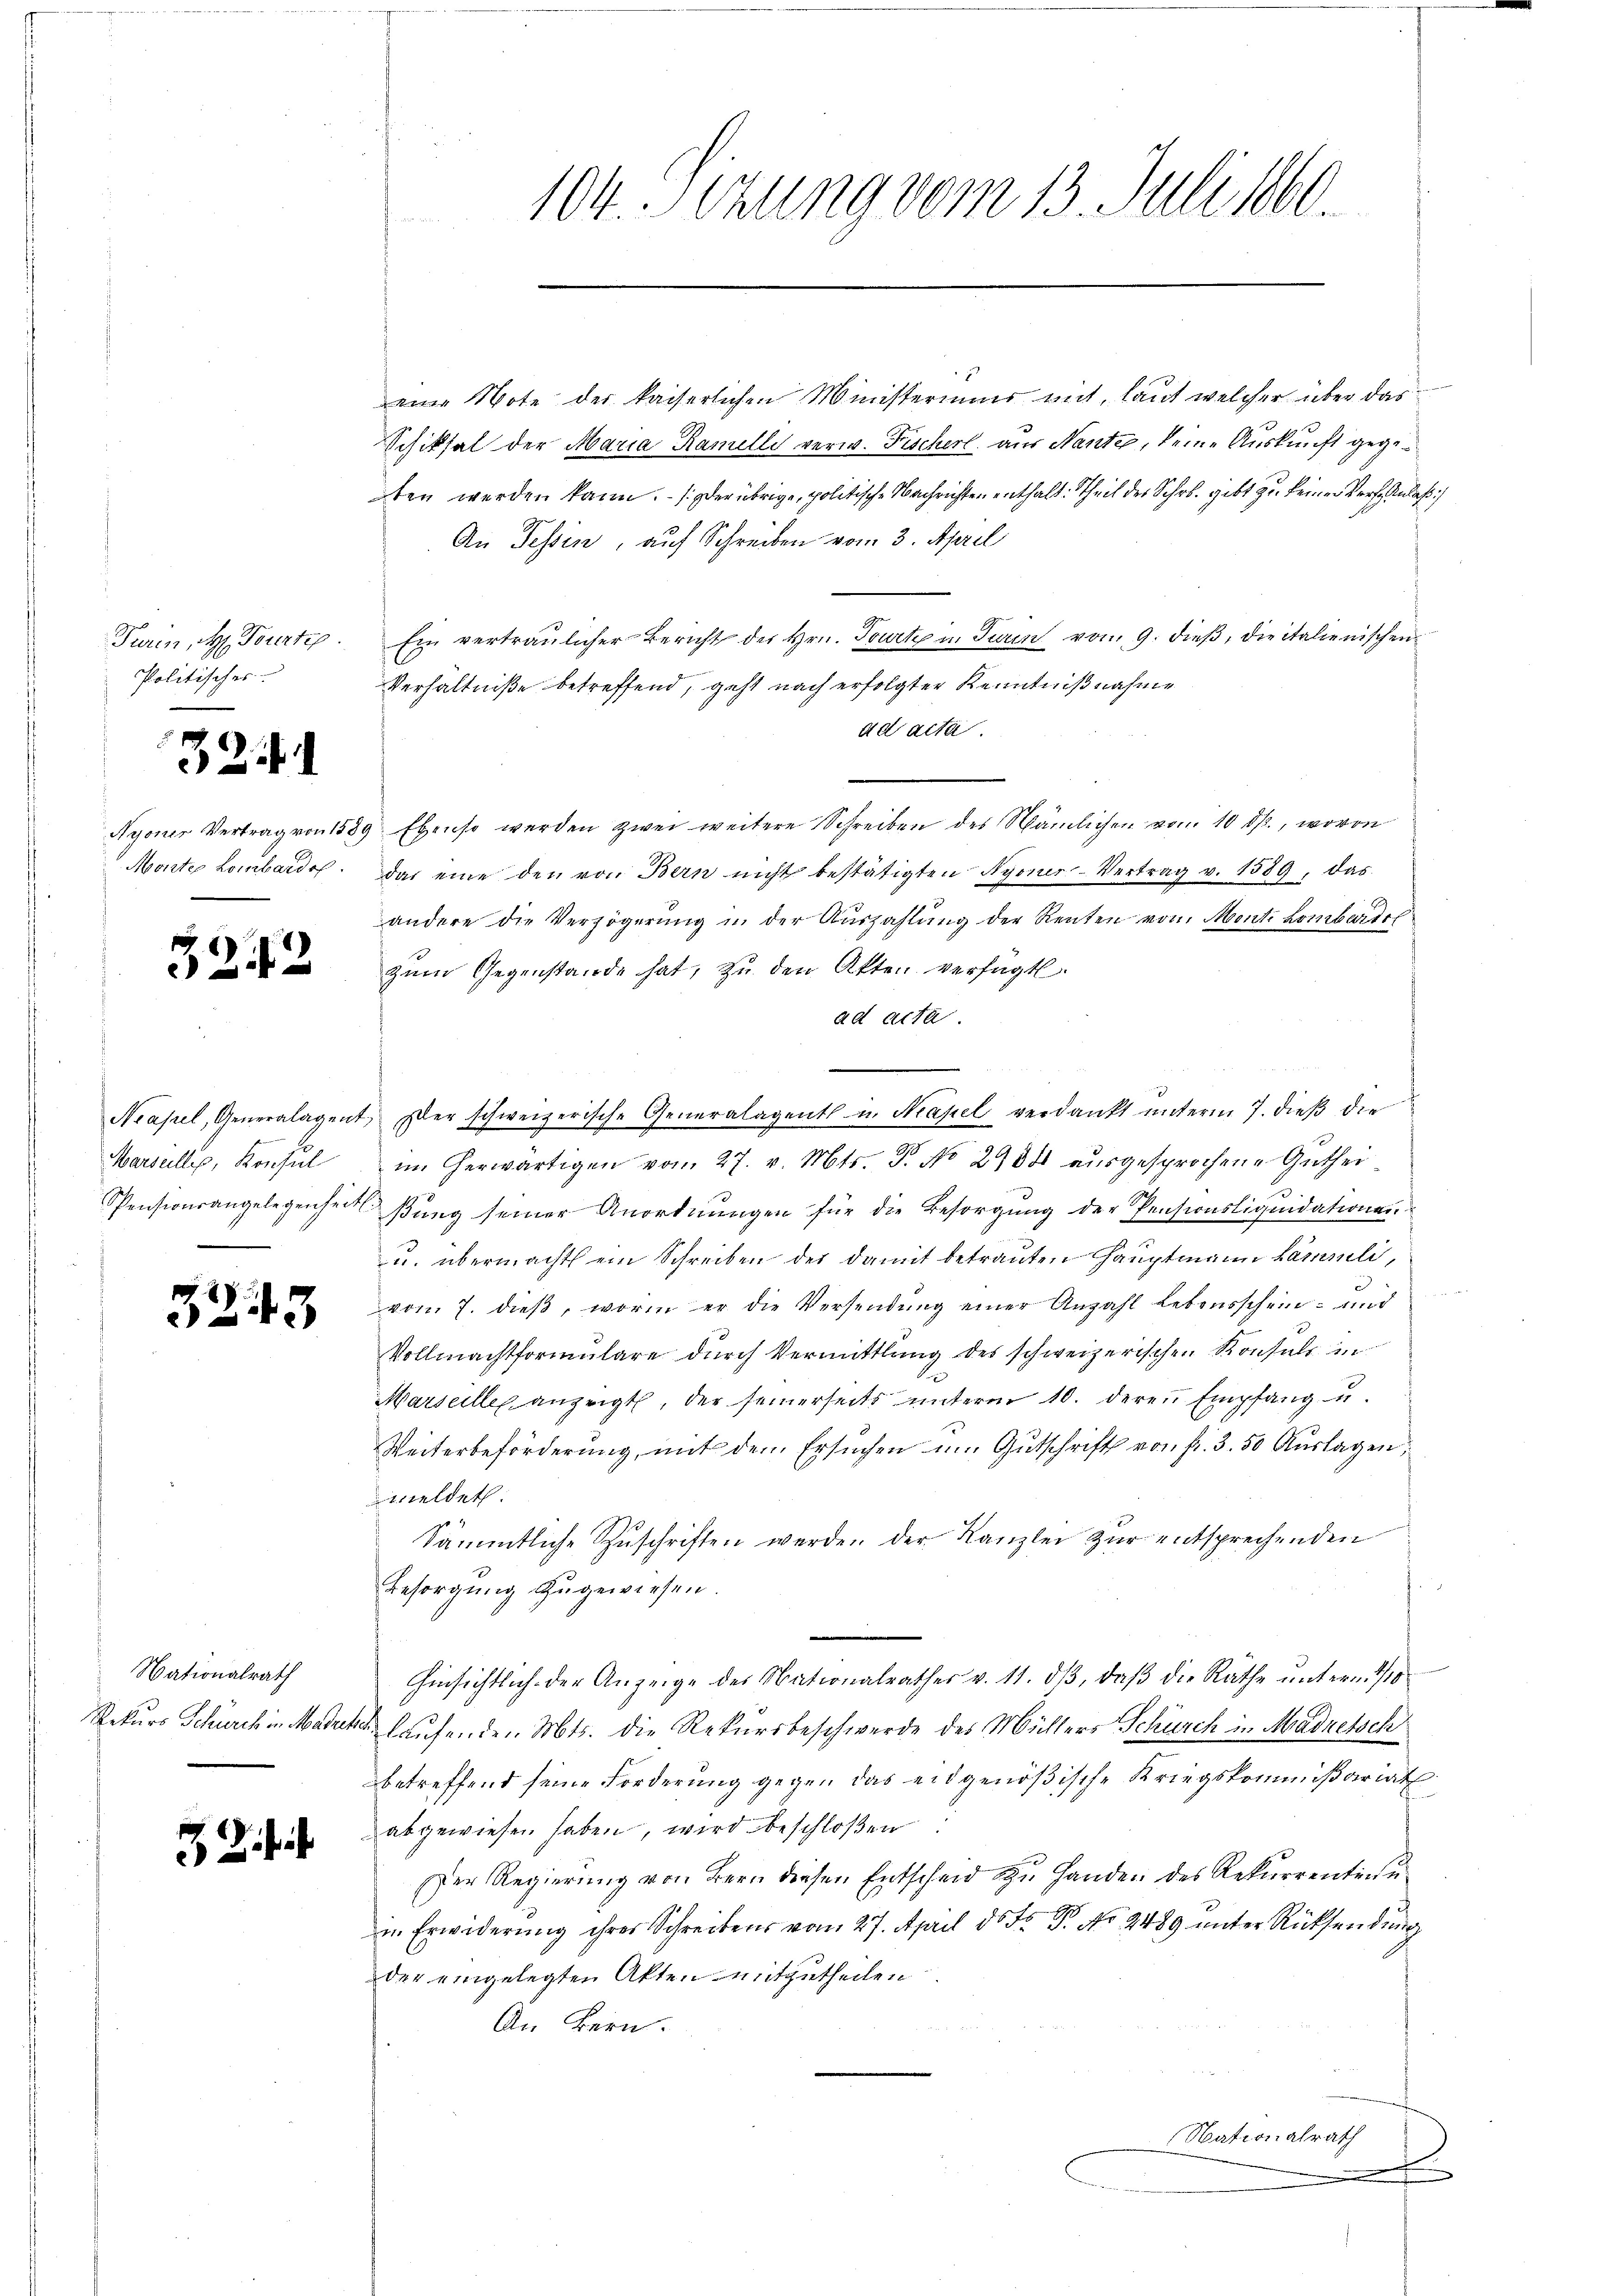
Turin, u. Tourte
Politisches.

32. 1

Morter Lombarde.

3242

Marseilles, Konsul
.

87.
e

13

Nationalrath
Rekurs Schurch in Madrer

104. Sizung vom 13. Juli 1860.

eine Note der kaiserlichen Ministeriums mit, laut welcher über das
Schiksal der Maria Ramelli verw. Fischerl aus Nante, keine Auskunft gegeben werden kann. - (oder übrige, politische Nachrichten enthalt: Theil des Schr. gibt zu keiner Verf. Anlaß
An Tessin, auf Schreiben vom 3. April
Ein vertraulicher Bericht des Hrn. Tourtz in Turin vom 9. dieβ, die italienischen
Verhältniße betreffend, geht nach erfolgter Kenntnißnahme
ad acta.
Nyoner Vertrag von 1589 Ebenso werden zwei weitere Schreiben des Nämlichen vom 10. ds., wovon
das eine den von Bern nicht bestätigten Nyoner-Vertrag v. 1589, das
andere die Verzögerung in der Auszahlung der Renten von Monti Lombarde
zum Gegenstände hat, zu den Akten verfügt.
ad acta
Neapel, Generalagent, er schweizerische Generalagent in Kapel verdankt ŭnterm 7. dieβ die
im herwärtigen vom 27. v. Mts. Dr. No 2900 ausgesprochene Guthei¬
Pensionsangelegenheit sung seiner Anordnŭngen für die Besorgŭng der Pensionsliquidationen
u. übermacht ein Schreiben der damit betrauten Hauptmann Lämmli,
von 7. dieβ, worin er die Versendŭng einer Anzahl Lebensschein- und
Vollmachtformulare durch Vermittlung des schweizerischen Konsuls in
Marseilles anzeigt, der seinerseits unterm 10. deren Empfang u.
Weiterbeförderung, mit dem Ersuchen um Gutschrift von fr. 3. 50 Auslagen,
meldet.
Sämmtliche Zuschriften werden der Kanzlei zur entsprechenden
Besorgung zugewiesen.
Hinsichtlich der Anzeige des Nationalrathes v. 11. dβ, daβ die Räthe ŭnterm 1/10
u. laufenden Mts. die Rekursbeschwerde des Müllers Schürch in Madretsch
betreffend seine Forderung gegen das eidgenößische Kriegskommißariat
abgewiesen haben, wird beschloßen.
Der Regierung von Bern diesen Entscheid zu Handen des Rekurrentinu
in Erwiderung ihrer Schreibens vom 27. April ds F. P. No 2489 unter Rücksendung
der eingelegten Akten mitzutheilen
An Bern.
Nationalrath
x